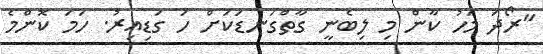
"ރޯދަ މަހު ކާން މި ލިބެނީ ގާތްގަނޑަކަށް ހަ ގަޑިއިރު. ހަމަ ކޮންމެ